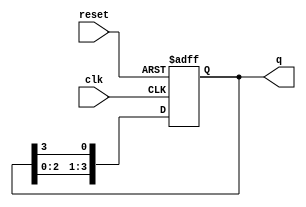
module bistable_ring_counter #(parameter N = 4) (
    input wire clk,         // Clock input
    input wire reset,       // Asynchronous reset input
    output reg [N-1:0] q    // Output state of the counter
);

    // Initial state setup
    initial begin
        q = 1'b1; // Initialize to 100...0 for N=4, otherwise specify as needed
    end

    always @(posedge clk or posedge reset) begin
        if (reset) begin
            // Reset command to initial state
            q <= 1'b1; // Set to initial state (100...0)
        end else begin
            // Shift the '1' bit to the right
            q <= {q[N-2:0], q[N-1]}; // Shift right
        end
    end
endmodule